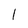
Character: l